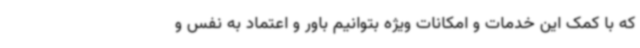
که با کمک این خدمات و امکانات ویژه بتوانیم باور و اعتماد به نفس و